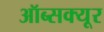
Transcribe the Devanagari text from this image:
ऑब्सक्यूर